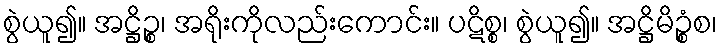
စွဲယူ၍။ အဋ္ဌိဉ္စ၊ အရိုးကိုလည်းကောင်း။ ပဋိစ္စ၊ စွဲယူ၍။ အဋ္ဌိမိဉ္စံစ၊